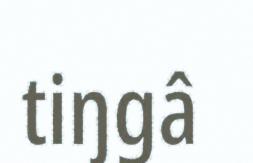
tiŋgâ